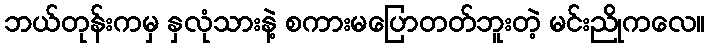
ဘယ်တုန်းကမှ နှလုံသားနဲ့ စကားမပြောတတ်ဘူးတဲ့ မင်းညိုကလေ။